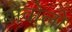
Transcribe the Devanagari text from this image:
बोवोलो